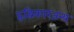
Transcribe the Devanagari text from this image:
हृद्विकारजन्य